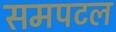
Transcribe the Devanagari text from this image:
समपटल